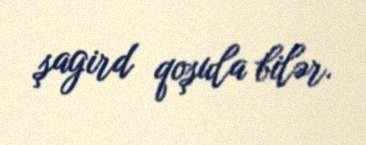
şagird qoşula bilər.